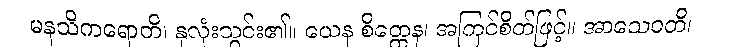
မနသိကရောတိ၊ နှလုံးသွင်း၏။ ယေန စိတ္တေန၊ အကြင်စိတ်ဖြင့်။ အာသေဝတိ၊